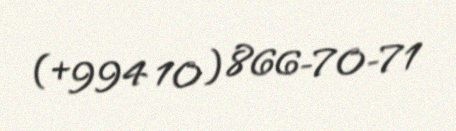
(+994 10) 866-70-71